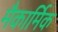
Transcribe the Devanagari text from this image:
मैकार्मिक